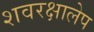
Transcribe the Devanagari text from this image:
शवरक्षालेप